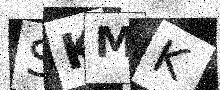
Text: SKMK